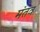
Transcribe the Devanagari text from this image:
मंतव